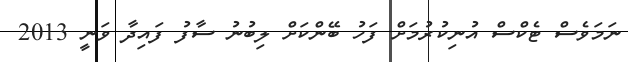
ނަމަވެސް ޓެކްސް އުނިކުރުމަށް ފަހު ބޭންކަށް ލިބުނު ސާފު ފައިދާ ވަނީ 2013